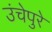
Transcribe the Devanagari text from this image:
उंचेपुरे